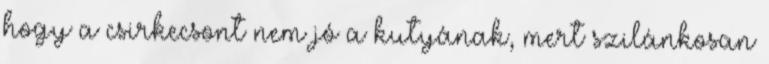
hogy a csirkecsont nem jó a kutyának, mert szilánkosan